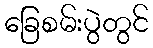
ခြေစမ်းပွဲတွင်